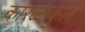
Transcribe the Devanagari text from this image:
कारळाकुल